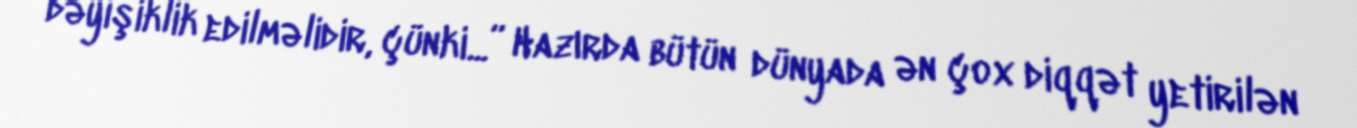
dəyişiklik edilməlidir, çünki...” Hazırda bütün dünyada ən çox diqqət yetirilən